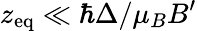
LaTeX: z_{\mathrm{eq}}\ll\hbar\Delta/\mu_{B}B^{\prime}